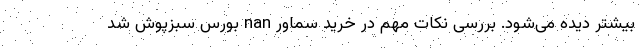
بیشتر دیده می‌شود. بررسی نکات مهم در خرید سماور nan بورس سبزپوش شد